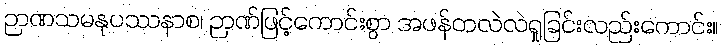
ဉာဏသမနုပဿနာစ၊ ဉာဏ်ဖြင့်ကောင်းစွာ အဖန်တလဲလဲရှုခြင်းလည်းကောင်း။